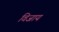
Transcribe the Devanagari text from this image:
विजाय